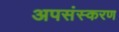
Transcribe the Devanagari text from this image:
अपसंस्करण